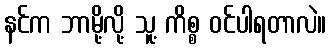
နင်က ဘာမို့လို့ သူ့ ကိစ္စ ဝင်ပါရတာလဲ။